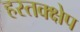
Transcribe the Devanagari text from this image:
हस्तक्क्षेप